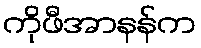
ကိုဖီအာနန်က